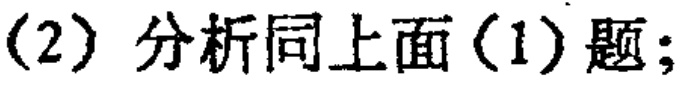
(2) 分析同上面(1)题;